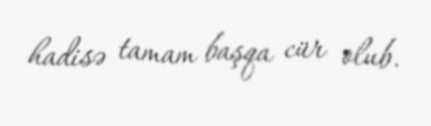
hadisə tamam başqa cür olub.